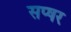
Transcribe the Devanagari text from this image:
सप्षर